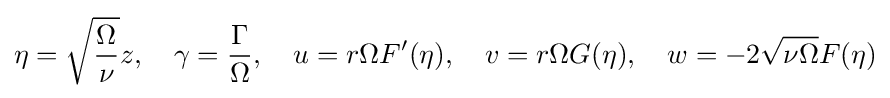
{\begin{aligned}\eta ={\sqrt {\frac {\Omega }{\nu }}}z,\quad \gamma ={\frac {\Gamma }{\Omega }},\quad u=r\Omega F'(\eta ),\quad v=r\Omega G(\eta ),\quad w=-2{\sqrt {\nu \Omega }}F(\eta )\end{aligned}}